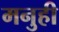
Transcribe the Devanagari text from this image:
मनुही